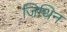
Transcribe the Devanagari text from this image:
जिथिन